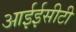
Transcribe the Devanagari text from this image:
आईईसीटी